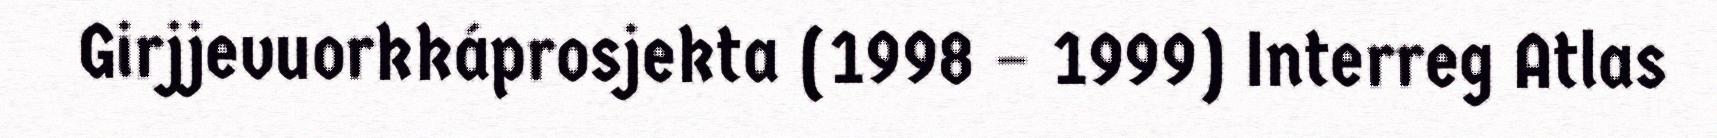
Girjjevuorkkáprosjekta (1998 – 1999) Interreg Atlas